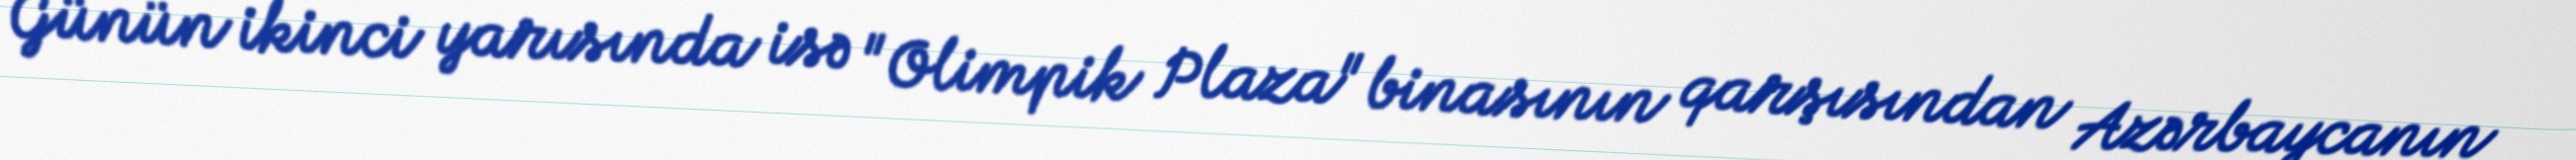
Günün ikinci yarısında isə "Olimpik Plaza" binasının qarşısından Azərbaycanın